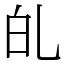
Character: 癿